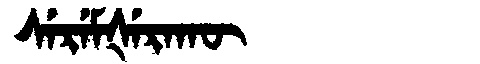
Manchu: ᠰᡝᡵᡝᠮᡧᡝᡵᠠᡴᡡ
Romanization: SEREMŠERAKŪ